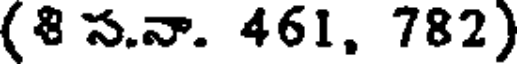
(8 స.నా. 461. 782)